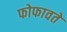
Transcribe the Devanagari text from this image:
फोफावते